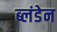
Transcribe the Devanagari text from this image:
ब्लंडेन